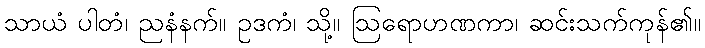
သာယံ ပါတံ၊ ညနံနက်။ ဥဒကံ၊ သို့။ ဩရောဟဏကာ၊ ဆင်းသက်ကုန်၏။